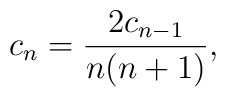
c_n = {2c_{n - 1}\over n(n + 1)},